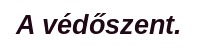
A védőszent.